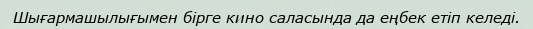
Шығармашылығымен бірге кино саласында да еңбек етіп келеді.